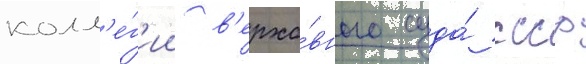
колл'е́г'ии в'ерхо́вного суда́ ссср